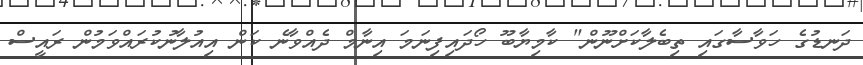
ދަނޑުގެ ހަވާސާގައި ތިބެލާކަށްނޫން" ކާމިޔާބޫ ހޯދައިފިނަމަ އިނާމް ދެއްވާނެ ކަން އިއުލާނުކުރައްވަމުން ރައީސް